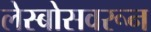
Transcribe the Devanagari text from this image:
लेस्बोसवरून